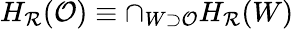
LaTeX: H_{\mathcal{R}}(\mathcal{{O}})\equiv\cap_{W\supset\mathcal{{O}}}H_{\mathcal{R}}(W)